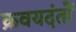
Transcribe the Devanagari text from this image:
क्रवयदंतों